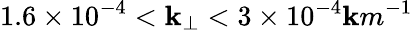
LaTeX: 1.6\times10^{-4}<\mathbf{k}_{\perp}<3\times10^{-4}\mathbf{k}m^{-1}